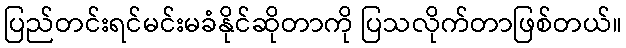
ပြည်တင်းရင်မင်းမခံနိုင်ဆိုတာကို ပြသလိုက်တာဖြစ်တယ်။